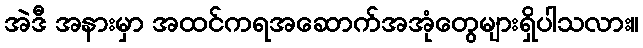
အဲဒီ အနားမှာ အထင်ကရအဆောက်အအုံတွေများရှိပါသလား။